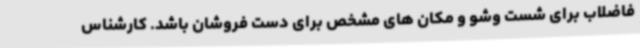
فاضلاب برای شست وشو و مکان های مشخص برای دست فروشان باشد. کارشناس